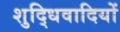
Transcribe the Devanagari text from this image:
शुद्धिवादियों